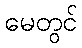
မေတွင်